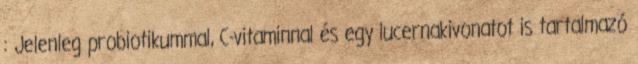
: Jelenleg probiotikummal, C-vitaminnal és egy lucernakivonatot is tartalmazó